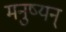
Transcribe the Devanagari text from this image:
मनुष्यन्